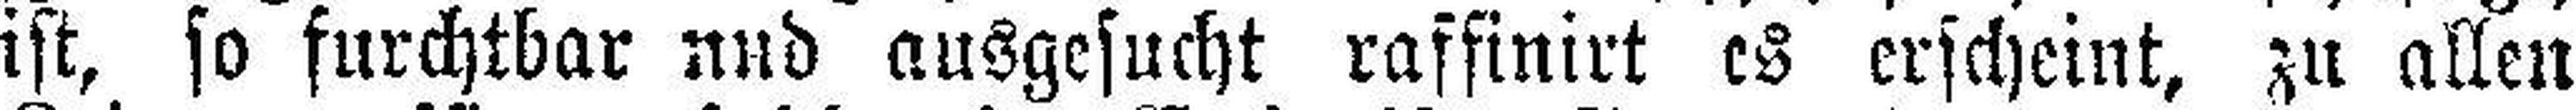
ist, so furchtbar und ausgesucht raffinirt es erscheint, zu allen